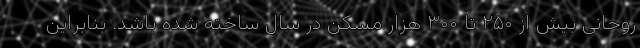
روحانی بیش از ۲۵۰ تا ۳۰۰ هزار مسکن در سال ساخته شده باشد. بنابراین